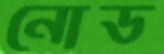
নোড